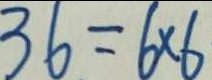
3 6 = 6 \times 6